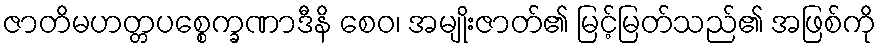
ဇာတိမဟတ္တပစ္စေက္ခဏာဒီနိ စေဝ၊ အမျိုးဇာတ်၏ မြင့်မြတ်သည်၏ အဖြစ်ကို